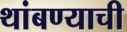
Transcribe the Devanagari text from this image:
थांबण्याची